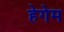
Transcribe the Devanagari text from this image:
हेगेम